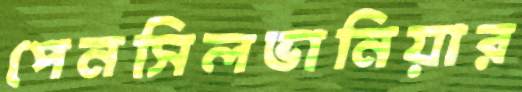
পেনসিলভানিয়ার